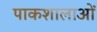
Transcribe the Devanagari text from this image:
पाकशालाओं